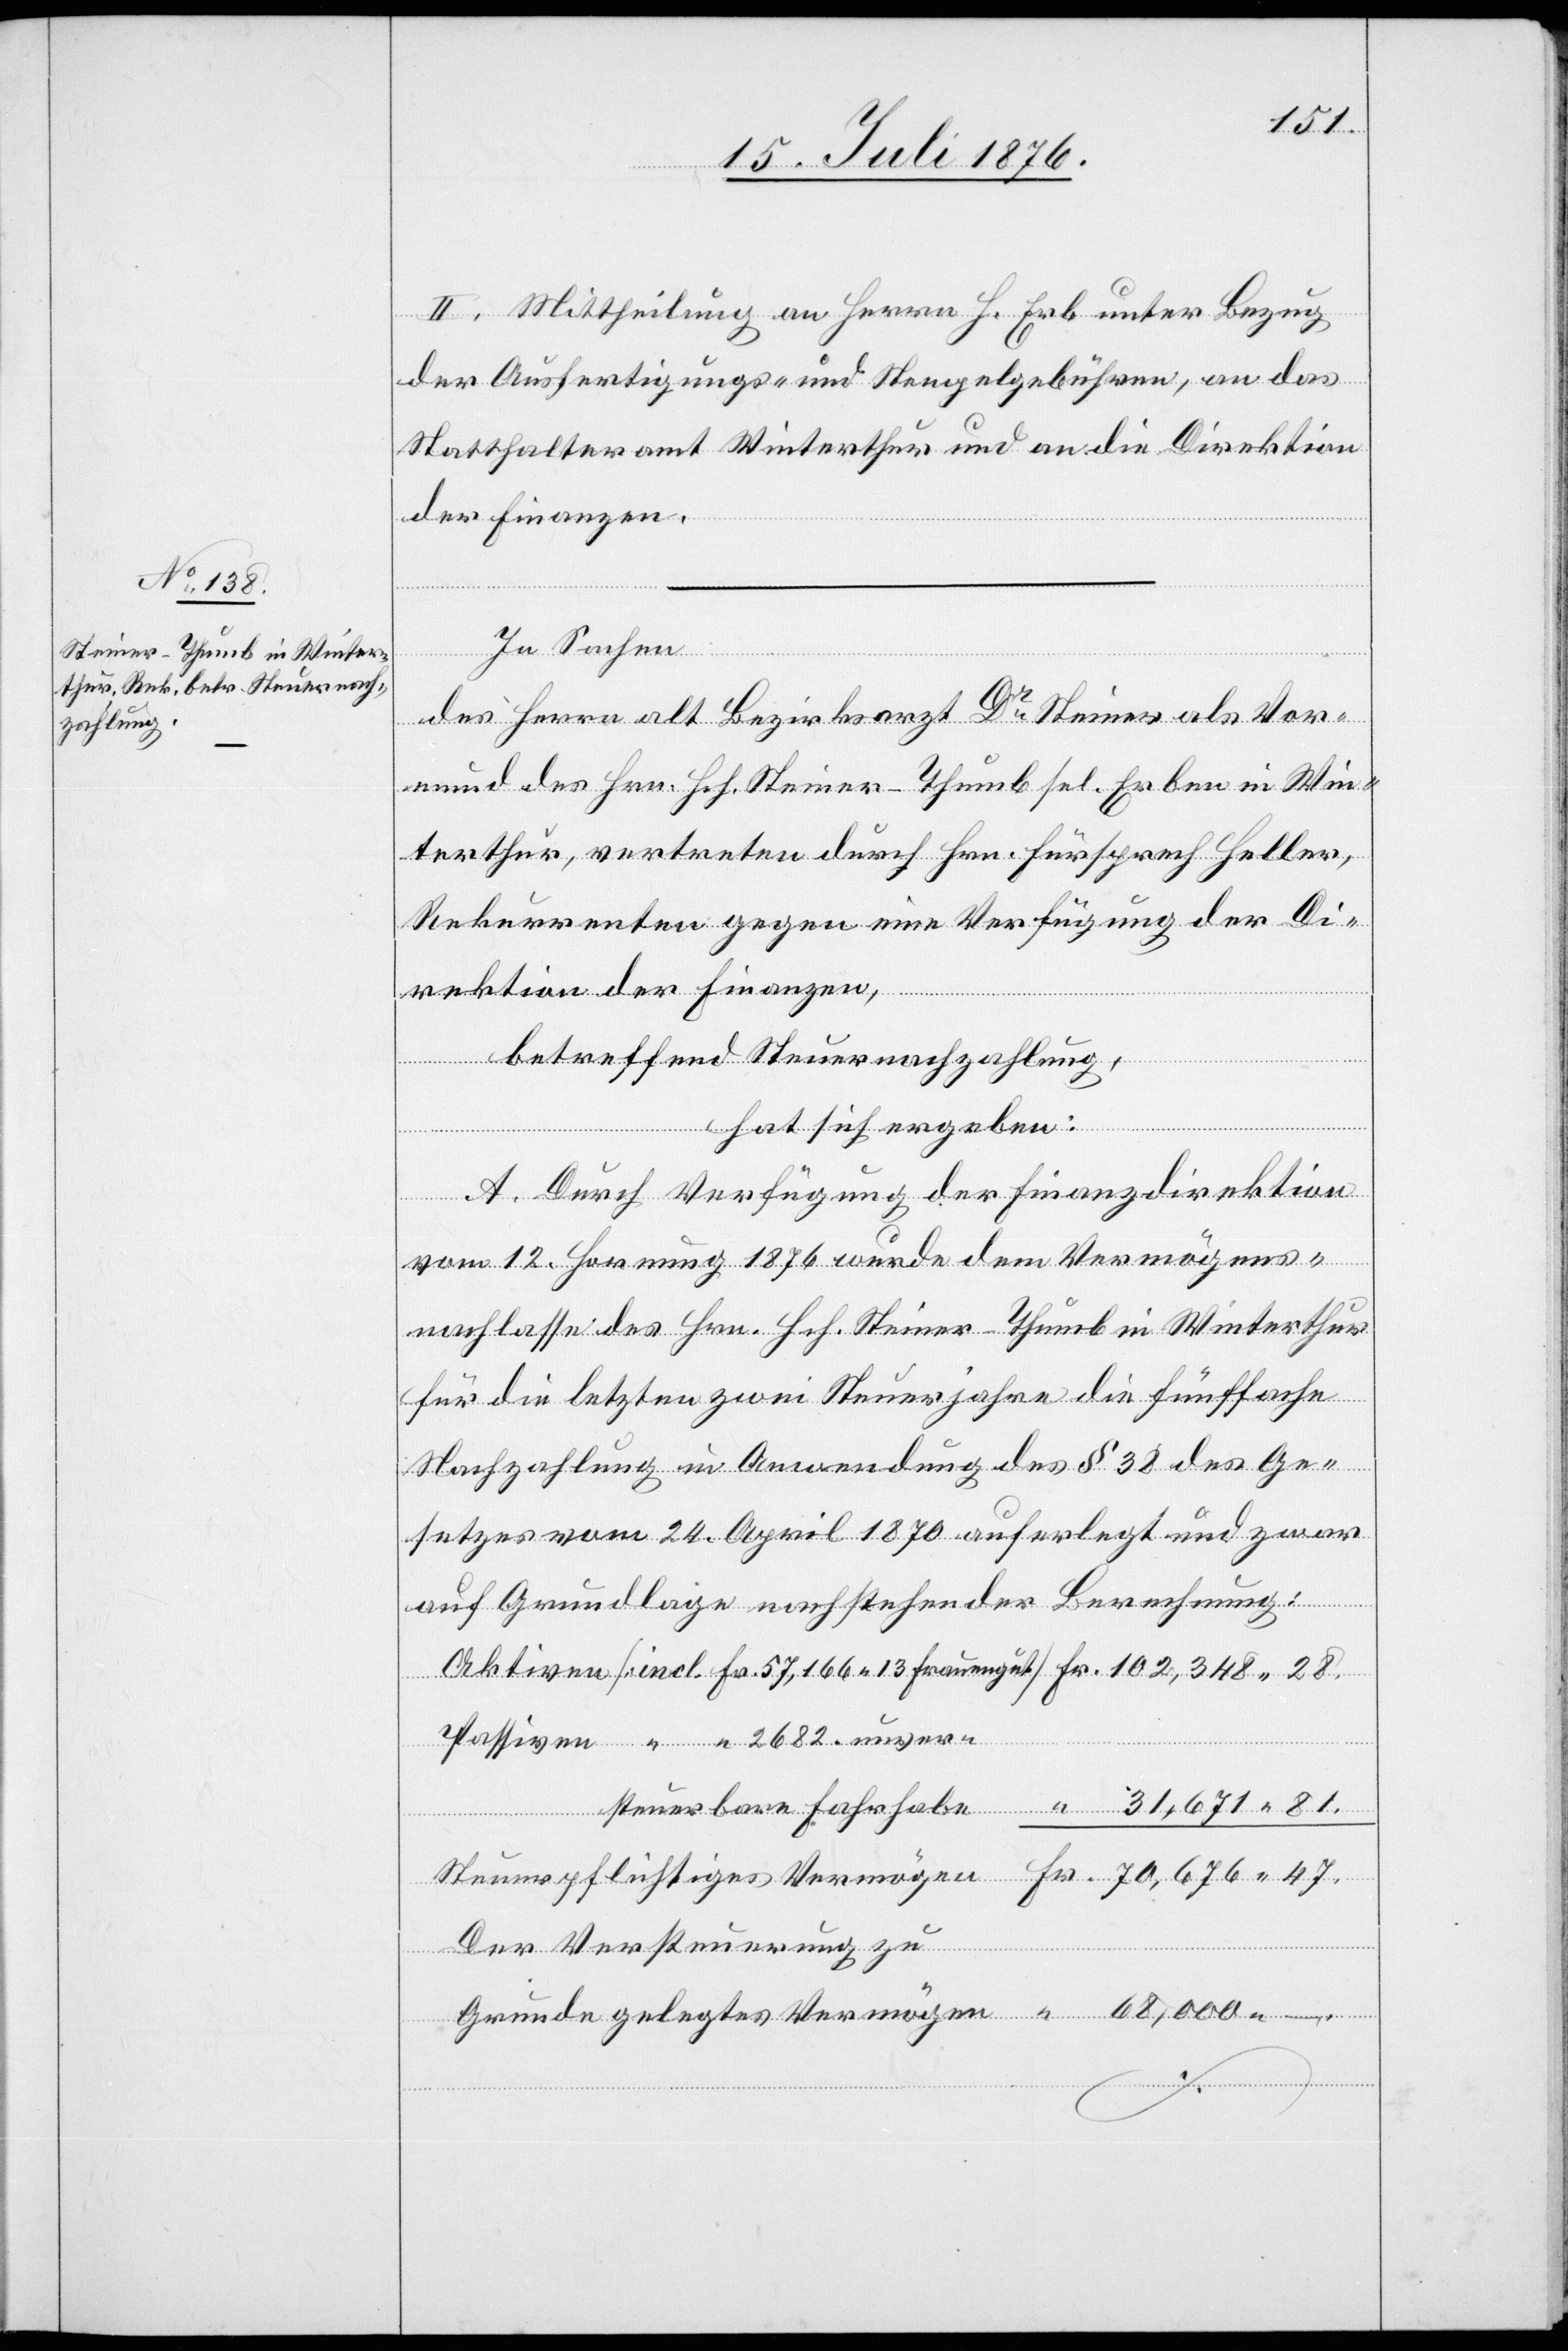
102,348

81.
II. Mittheilung an Herrn H. Erb unter Bezug
der Ausfertigungs- und Stempelgebühren, an das
Statthalteramt Winterthur und an die Direktion
der Finanzen.
In Sachen
des Herrn alt Bezirksarzt Dr Steiner als Vor¬
mund des Hrn. Hch. Steiner-Thumb se. Erben in Win¬
terthur, vertreten durch Hrn. Fürsprech Heller,
Rekurrenten gegen eine Verfügung der Di¬
rektion der Finanzen,
betreffend Steuernachzahlung,
hat sich ergeben:
A. Durch Verfügung der Finanzdirektion
vom 12. Hornung 1876 wurde dem Vermögens¬
nachlasse des Hrn. Hch. Steiner-Thumb in Winterthur
für die letzten zwei Steuerjahre die fünffache
Nachzahlung in Anwendung des § 38 des Ge¬
setzes vom 24. April 1870 auferlegt und zwar
auf Grundlage nachstehender Berechnung:
Der Versteuerung zu
gelegtes Vermögen